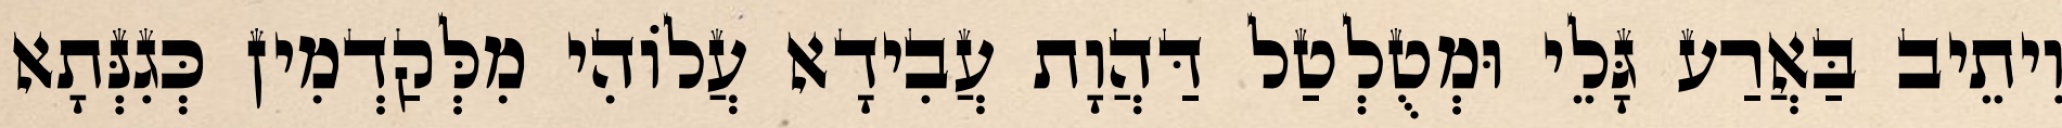
וִיתֵיב בַּאֲרַע גָּלֵי וּמְטֻלְטַל דַּהֲוָת עֲבִידָא עֲלוֹהִי מִלְּקַדְמִין כְּגִנְּתָא